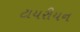
ટાયરીયન